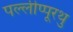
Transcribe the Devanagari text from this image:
पल्लीप्पूरथु